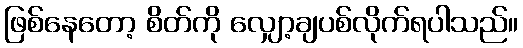
ဖြစ်နေတော့ စိတ်ကို လျှော့ချပစ်လိုက်ရပါသည်။